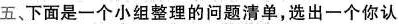
五、下面是一个小组整理的问题清单，选出一个你认